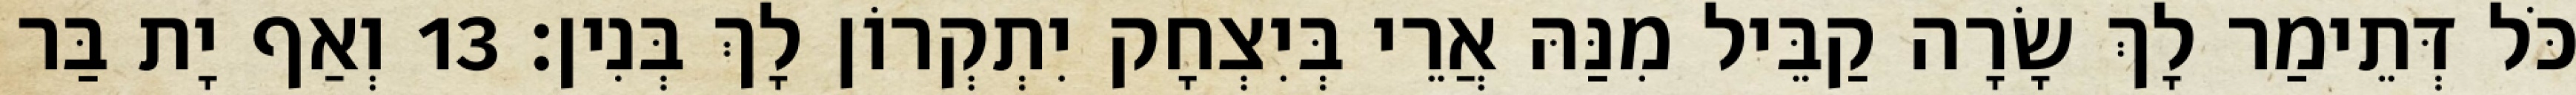
כֹּל דְּתֵימַר לָךְ שָׂרָה קַבֵּיל מִנַּהּ אֲרֵי בְּיִצְחָק יִתְקְרוֹן לָךְ בְּנִין׃ 13 וְאַף יָת בַּר